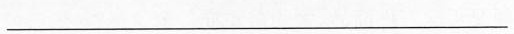
___